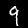
Digit: 9